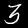
Digit: 3